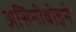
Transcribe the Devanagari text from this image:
असिनीबोइने